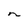
Character: n